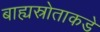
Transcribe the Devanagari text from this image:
बाह्यस्रोताकडे